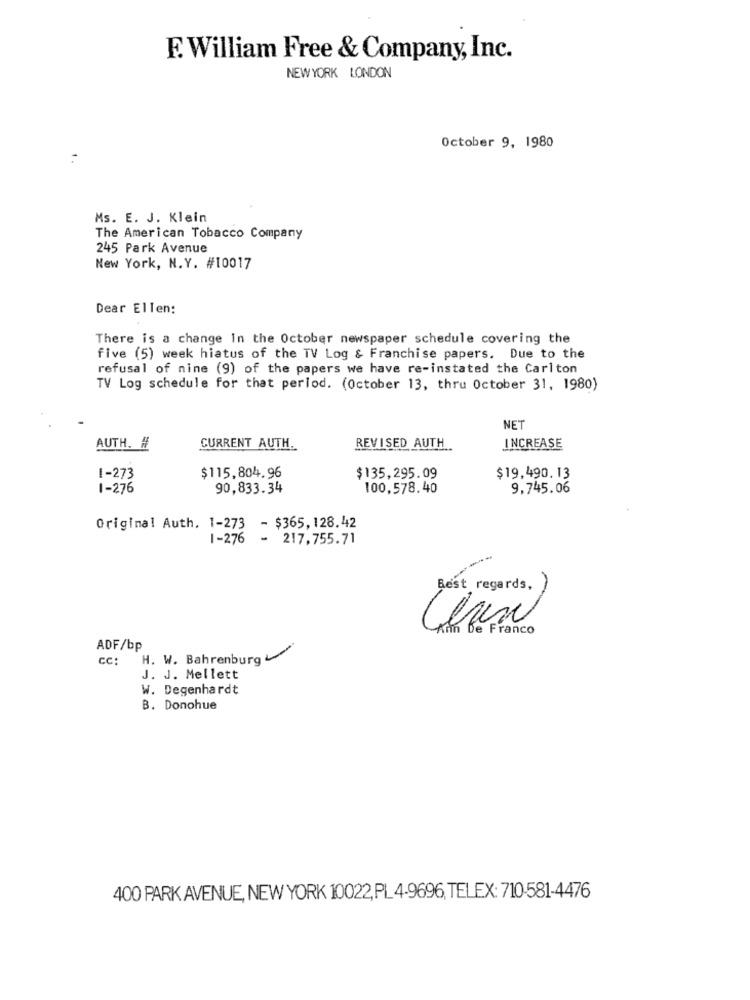
E. William Free & Company, Inc.
NEW YORK LONDON
October 9, 1980
Ms. E. J. Klein
The American Tobacco Company
245 Park Avenue
New York, N.Y. #10017
Dear Ellen:
There is a change In the October newspaper schedule covering the
five (5) week hiatus of the TV Log & Franchise papers. Due to the
refusal of nine (9) of the papers we have re-instated the Carlton
TV Log schedule for that period. (October 13, thru October 31, 1980)
NET
AUTH. #
CURRENT AUTH.
REVISED AUTH
INCREASE
1-273
$115,804.96
$135,295.09
$19,490.13
1-276
90,833.34
100,578.40
9,745.06
Original Auth. 1-273 - $365,128.42
1-276
- 217,755.71
Best regards,
, Franco
ADF/bp
cc:
H. W. Bahrenburg
J. J. Mellett
W. Degenhardt
B. Donohue
400 PARK AVENUE, NEW YORK 10022, PL 4-9696, TELEX: 710-581-4476